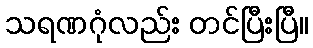
သရဏဂုံလည်း တင်ပြီးပြီ။